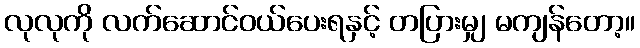
လုလုကို လက်ဆောင်ဝယ်ပေးရနှင့် တပြားမျှ မကျန်တော့။